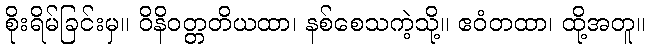
စိုးရိမ်ခြင်းမှ။ ဝိနိဝတ္တတိယထာ၊ နစ်စေသကဲ့သို့။ ဧဝံတထာ၊ ထို့အတူ။